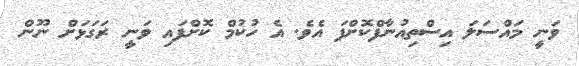
ވަނީ މައްސަލަ އިސްތިއުނާފްކޮށްފަ އެވެ. އެ ހުކުމް ކޮށްފައި ވަނީ ރަގަޅަށް ނޫން